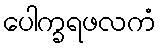
ပေါက္ခရဖလကံ